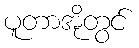
ပူတာအိုတွင်